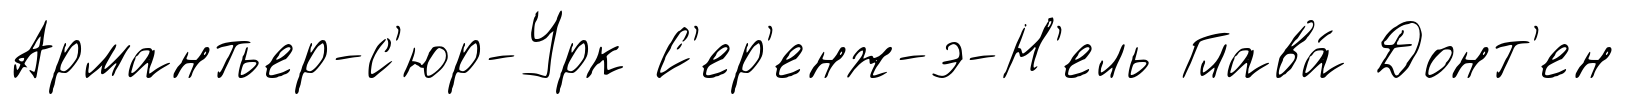
Армантьер-с'юр-Урк С'ер'енж-э-Н'ель Глава́ Донт'ен